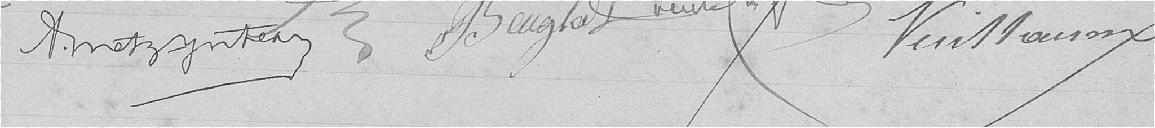
A. METZYNTEAN   BEUGLAD    ????    VUILLAUMIN